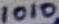
Text: 1010